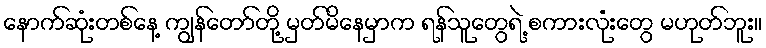
နောက်ဆုံးတစ်နေ့ ကျွန်တော်တို့ မှတ်မိနေမှာက ရန်သူတွေရဲ့ စကားလုံးတွေ မဟုတ်ဘူး။